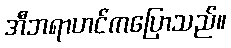
အီဘရာဟင်ကပြောသည်။